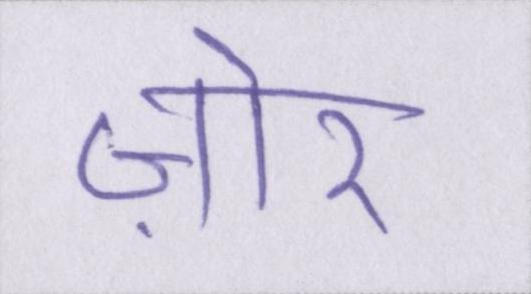
ज़ोर